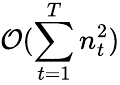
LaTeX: \mathcal{O}(\sum_{t=1}^{T}n_{t}^{2})